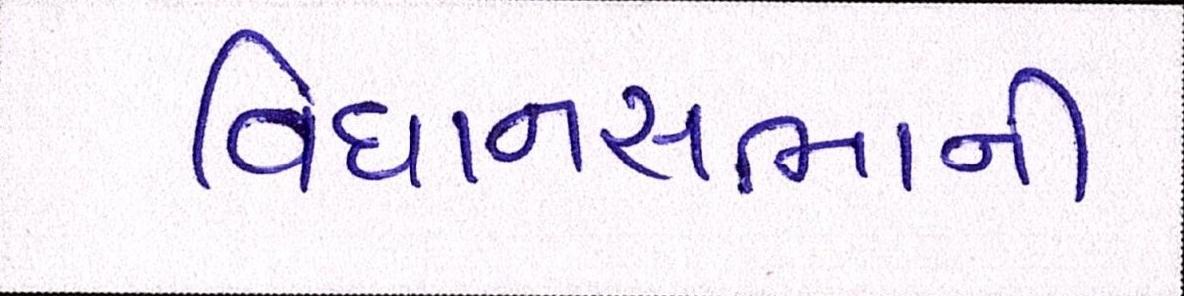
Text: વિધાનસભાની